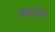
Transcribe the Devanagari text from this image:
सवदर्शन